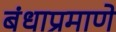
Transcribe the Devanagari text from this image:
बंधाप्रमाणे